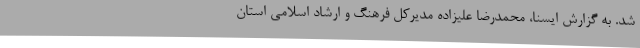
شد. به گزارش ایسنا، محمدرضا علیزاده مدیرکل فرهنگ و ارشاد اسلامی استان